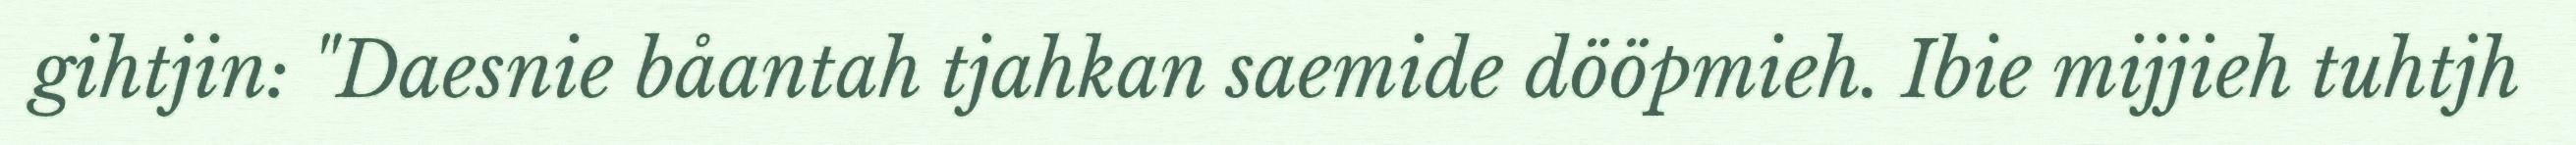
gihtjin: "Daesnie båantah tjahkan saemide dööpmieh. Ibie mijjieh tuhtjh